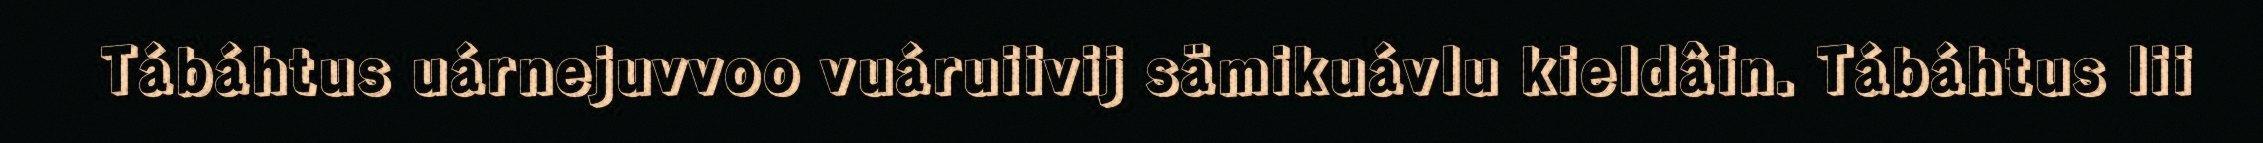
Tábáhtus uárnejuvvoo vuáruiivij sämikuávlu kieldâin. Tábáhtus lii